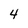
Character: 4